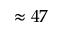
\approx 4 7